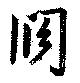
闊